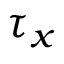
\tau _ { x }